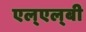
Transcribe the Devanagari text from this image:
एल्‌एल्‌बी